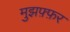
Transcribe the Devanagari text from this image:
मुझफ़्फ़र